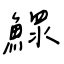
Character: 鰥